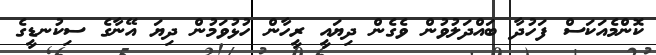
ކޮންމެއަކަސް ފަހުދާ ބައްދަލުވުން ވެގެން ދިޔައީ ރީހާން ހުޅުވަމުން ދިޔަ އޭނާގެ ސިކުނޑީގެ